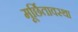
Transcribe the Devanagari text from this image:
मूर्छितावस्था